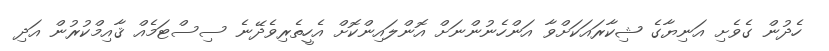
ހެދުން ގެވެށި އަނިޔާގެ ޝިކާރައަކަށްވާ އަންހެނުންނަށް އޮންލައިންކޮށް އެހީތެރިވެދޭނެ ސިސްޓަމެއް ޤާއިމްކުރުން އަދި